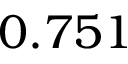
0 . 7 5 1